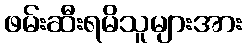
ဖမ်းဆီးရမိသူများအား